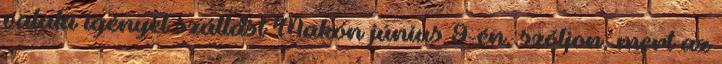
valaki igényel szállást Makón június 9-én, szóljon, mert az